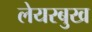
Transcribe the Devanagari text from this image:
लेयरबुख